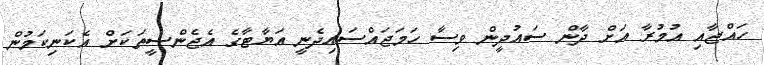
ހައްޖާއި އުމުރާ އަށް ދާން ސައުދީން ވިސާ ހަމަޖައްސައިދެނީ އަޔާޓާގެ އެޖެންސީތަކަށް އެކަނިކަމުން